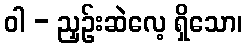
ဝါ - ညှဉ်းဆဲလေ့ ရှိသော၊